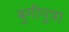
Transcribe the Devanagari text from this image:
बुमीपुत्रा